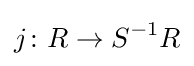
j\colon R\to S^{-1}R